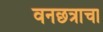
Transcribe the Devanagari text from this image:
वनछत्राचा